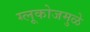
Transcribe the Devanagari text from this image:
ग्लूकोजमुळे